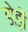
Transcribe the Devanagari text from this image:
डोड़ों